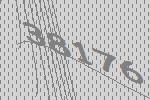
38176